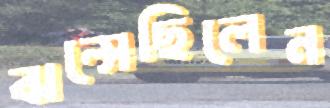
ঝল্‌সেছিলেন